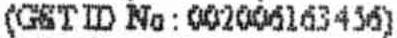
(GST ID NO : 002006163456)